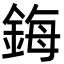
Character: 鋂